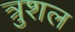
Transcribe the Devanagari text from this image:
त्रुशल